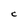
Character: C